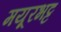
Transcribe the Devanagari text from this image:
मयूरभट्ट